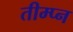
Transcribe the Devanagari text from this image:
तीम्प्न